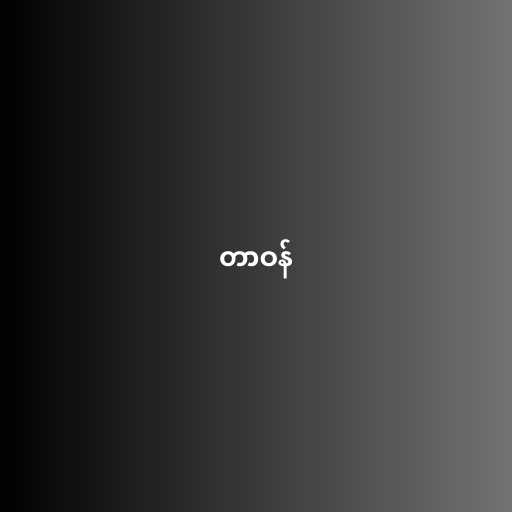
တာဝန်